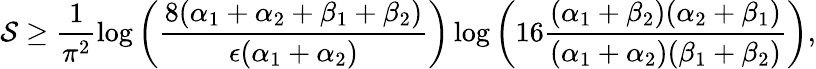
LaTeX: \mathcal{S}\geq\frac{{1}}{{\pi^{2}}}\log\left(\frac{{8(\alpha_{1}+\alpha_{2}+\beta_{1}+\beta_{2})}}{{\epsilon(\alpha_{1}+\alpha_{2})}}\right)\log\left(16\frac{{(\alpha_{1}+\beta_{2})(\alpha_{2}+\beta_{1})}}{{(\alpha_{1}+\alpha_{2})(\beta_{1}+\beta_{2})}}\right),